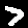
Digit: 7